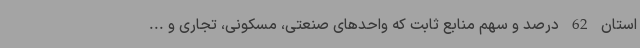
استان 62 درصد و سهم منابع ثابت که واحدهای صنعتی، مسکونی، تجاری و ...